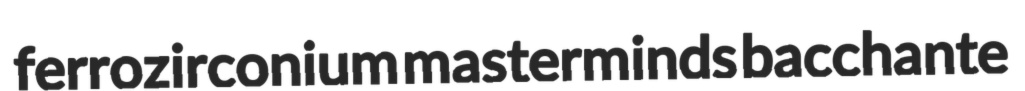
ferrozirconium masterminds bacchante